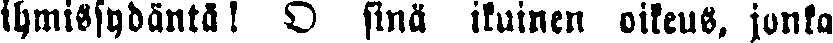
ihmissydäntä ! O sinä ikuinen oikeus, jonka